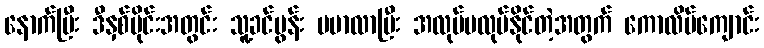
နောက်ပြီး ဒီနှစ်ပိုင်းအတွင်း သူ့ခင်ပွန်း မမာလာပြီး အလုပ်မလုပ်နိုင်တဲ့အတွက် ကောလိပ်ကျောင်း